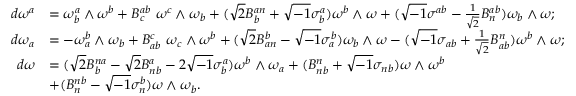
\begin{array} { r l } { d \omega ^ { a } } & { = \omega _ { b } ^ { a } \wedge \omega ^ { b } + B _ { c } ^ { a b } \ \omega ^ { c } \wedge \omega _ { b } + ( \sqrt { 2 } B _ { b } ^ { a n } + \sqrt { - 1 } \sigma _ { b } ^ { a } ) \omega ^ { b } \wedge \omega + ( \sqrt { - 1 } \sigma ^ { a b } - \frac { 1 } { \sqrt { 2 } } B _ { n } ^ { a b } ) \omega _ { b } \wedge \omega ; } \\ { d \omega _ { a } } & { = - \omega _ { a } ^ { b } \wedge \omega _ { b } + B _ { a b } ^ { c } \ \omega _ { c } \wedge \omega ^ { b } + ( \sqrt { 2 } B _ { a n } ^ { b } - \sqrt { - 1 } \sigma _ { a } ^ { b } ) \omega _ { b } \wedge \omega - ( \sqrt { - 1 } \sigma _ { a b } + \frac { 1 } { \sqrt { 2 } } B _ { a b } ^ { n } ) \omega ^ { b } \wedge \omega ; } \\ { d \omega } & { = ( \sqrt { 2 } B _ { b } ^ { n a } - \sqrt { 2 } B _ { n b } ^ { a } - 2 \sqrt { - 1 } \sigma _ { b } ^ { a } ) \omega ^ { b } \wedge \omega _ { a } + ( B _ { n b } ^ { n } + \sqrt { - 1 } \sigma _ { n b } ) \omega \wedge \omega ^ { b } } \\ & { + ( B _ { n } ^ { n b } - \sqrt { - 1 } \sigma _ { n } ^ { b } ) \omega \wedge \omega _ { b } . } \end{array}